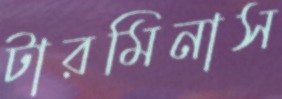
টারমিনাস